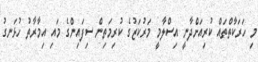
މި ހަރަކާތްތައް ކުރިއަށްދާނީ އިސްލާމީ މަރުކަޒުގެ ކުރިމަތިން ސިފައިންގެ މައި އިމާރާތު ހުޅަނގު